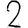
Digit: 2